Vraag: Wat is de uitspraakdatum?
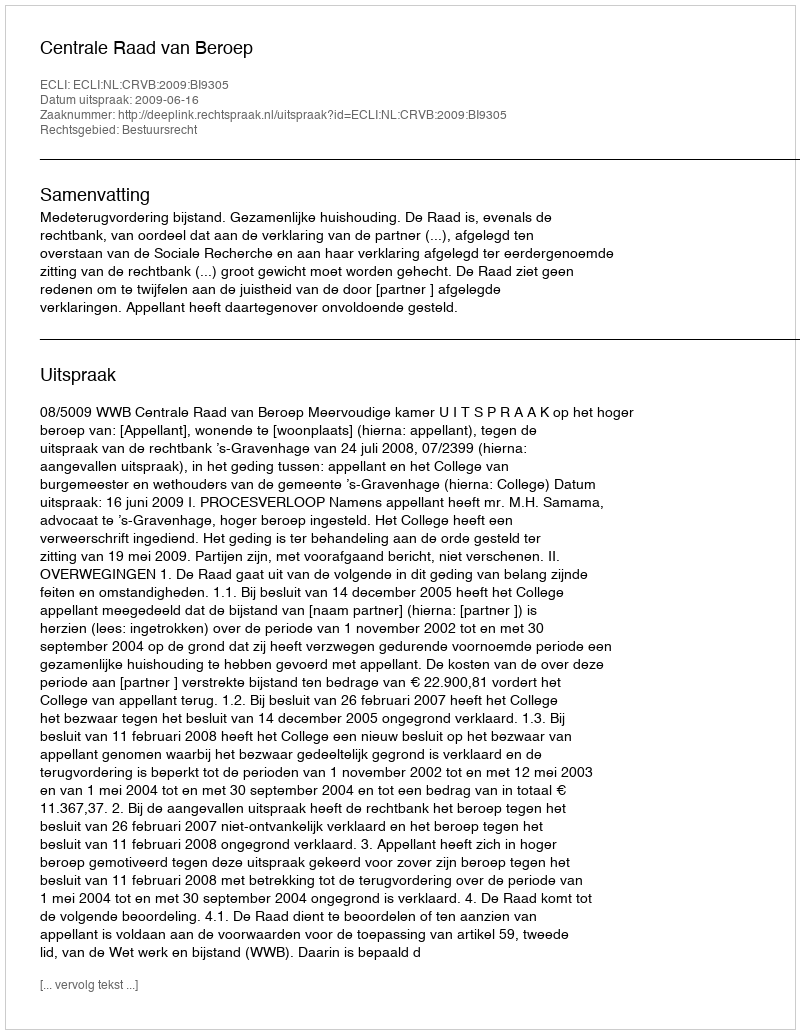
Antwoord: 2009-06-16